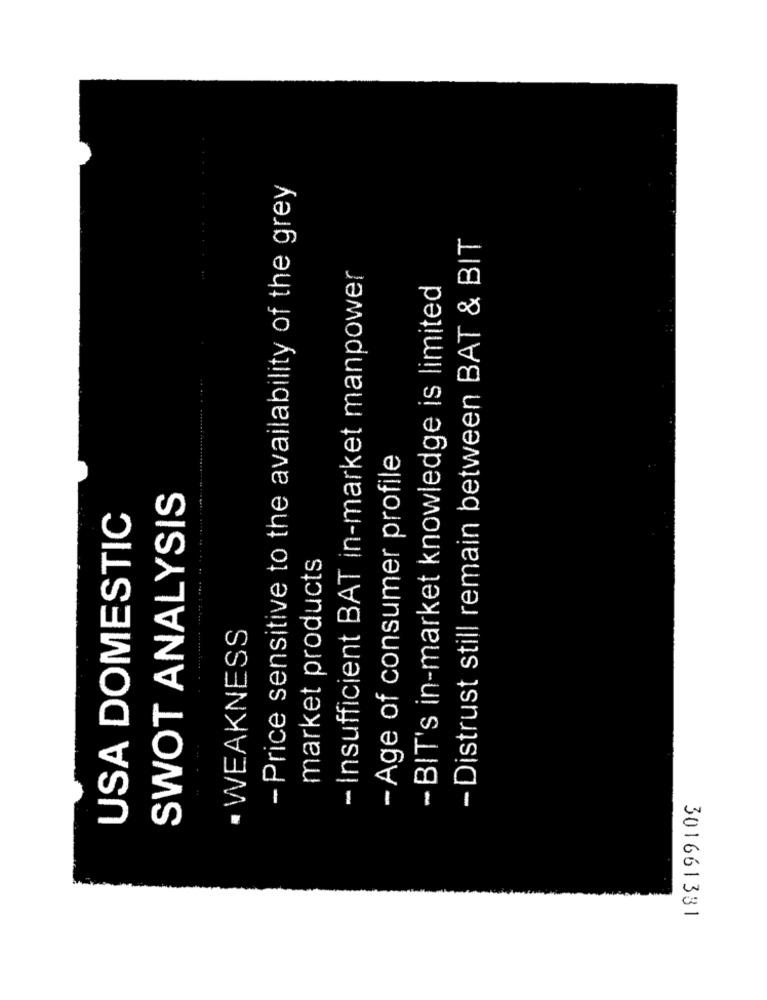
- Price sensitive to the availability of the grey
- Distrust still remain between BAT & BIT
- Insufficient BAT in-market manpower
- BIT's in-market knowledge is limited
- Age of consumer profile
SWOT ANALYSIS
USA DOMESTIC
market products
· WEAKNESS
301661331